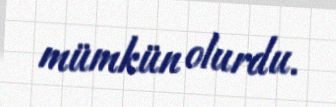
mümkün olurdu.